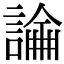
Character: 𧪺